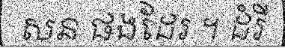
សន ផងដែរ ។ ដំរី